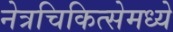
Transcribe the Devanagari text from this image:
नेत्रचिकित्सेमध्ये